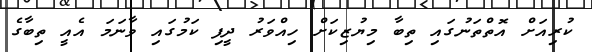
ކުރިއަށް އޮތްތަނުގައި ތިބާ މިޔުޒިކަށް ހިއްވަރު ދީފި ކަމުގައި ވާނަަމަ އެއީ ތިބާގެ